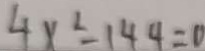
4 x ^ { 2 } = 1 4 4 = 0